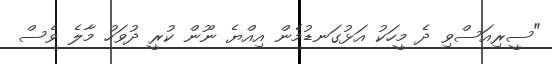
"ސީރިއަސްވި ދެ މީހަކު އަޅުގަނޑުމެން އިއްޔެ ނޫން ކުރީ ދުވަހު މާލެ ވެސް